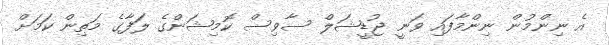
އެ ނިންމުން ނިންމާފައި ވަނީ ޖުޑީޝަލް ސާވިސް ކޮމިޝަންގެ ލަފާގެ މަތިން ކަމަށް